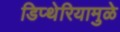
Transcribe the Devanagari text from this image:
डिप्थेरियामुळे